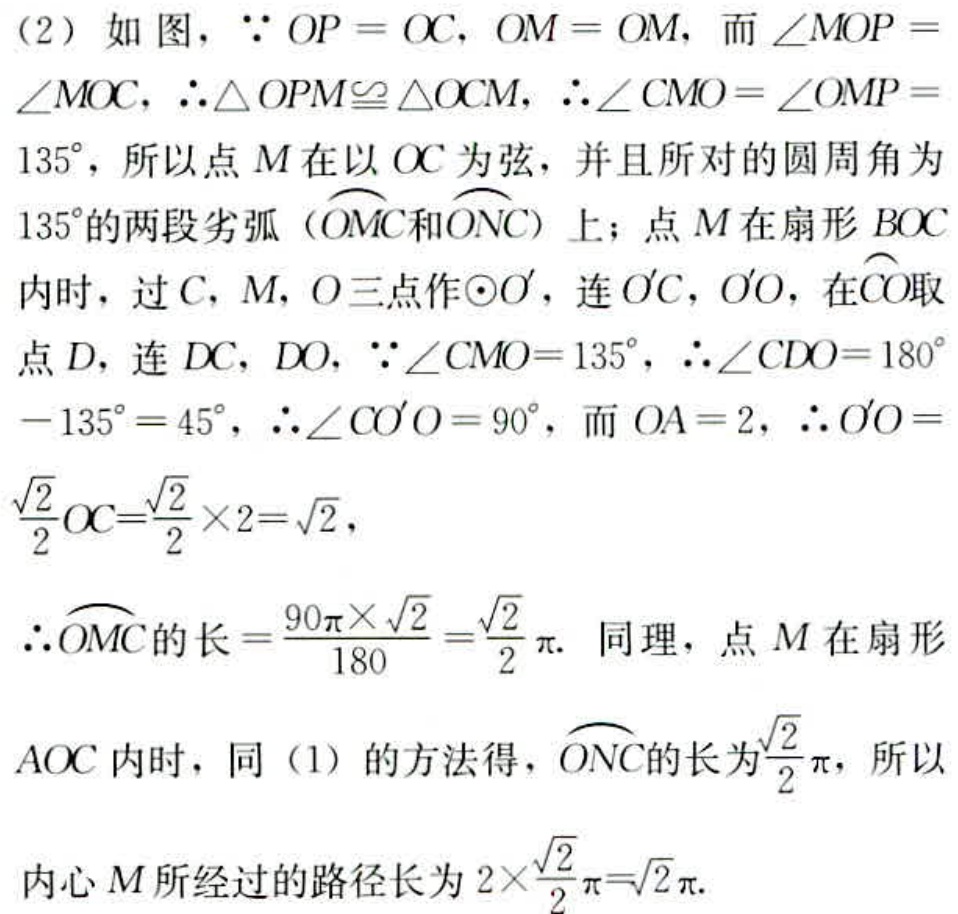
（2）如图，\(\because OP = OC\)，\(OM = OM\)，而\(\angle MOP = \angle MOC\)，\(\therefore\triangle OPM\cong\triangle OCM\)，\(\therefore\angle CMO=\angle OMP = 135^{\circ}\)，所以点\(M\)在以\(OC\)为弦，并且所对的圆周角为\(135^{\circ}\)的两段劣弧（\(\overset{\frown}{OMC}\)和\(\overset{\frown}{ONC}\)）上；点\(M\)在扇形\(BOC\)内时，过\(C\)，\(M\)，\(O\)三点作\(\odot O'\)，连\(O'C\)，\(O'O\)，在\(\overset{\frown}{CO}\)取点\(D\)，连\(DC\)，\(DO\)，\(\because\angle CMO = 135^{\circ}\)，\(\therefore\angle CDO=180^{\circ}-135^{\circ}=45^{\circ}\)，\(\therefore\angle CO'O = 90^{\circ}\)，而\(OA = 2\)，\(\therefore O'O=\frac{\sqrt{2}}{2}OC=\frac{\sqrt{2}}{2}\times2 = \sqrt{2}\)，
\(\therefore\overset{\frown}{OMC}\)的长\(=\frac{90\pi\times\sqrt{2}}{180}=\frac{\sqrt{2}}{2}\pi\). 同理，点\(M\)在扇形\(AOC\)内时，同（1）的方法得，\(\overset{\frown}{ONC}\)的长为\(\frac{\sqrt{2}}{2}\pi\)，所以内心\(M\)所经过的路径长为\(2\times\frac{\sqrt{2}}{2}\pi=\sqrt{2}\pi\).